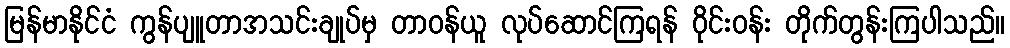
မြန်မာနိုင်ငံ ကွန်ပျူတာအသင်းချုပ်မှ တာဝန်ယူ လုပ်ဆောင်ကြရန် ဝိုင်းဝန်း တိုက်တွန်းကြပါသည်။